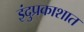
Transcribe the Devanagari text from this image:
इंदुप्रकाशात